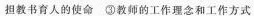
担教书育人的使命 ③教师的工作理念和工作方式